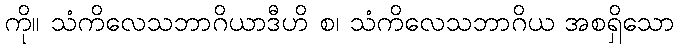
ကို။ သံကိလေသဘာဂိယာဒီဟိ စ၊ သံကိလေသဘာဂိယ အစရှိသော